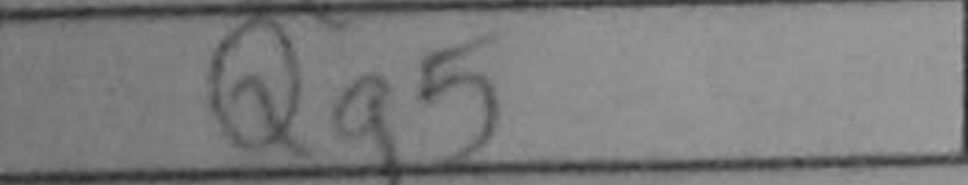
Transcription: Qg5